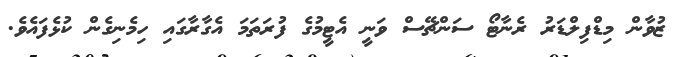
ޒުވާން މިޑްފިލްޑަރު ރެނާޓޯ ސަންޗޭސް ވަނީ އެޓީމުގެ ފުރަތަމަ އެގާރާގައި ހިމެނިގެން ކުޅެފައެވެ.